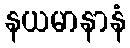
နယမာနာနံ